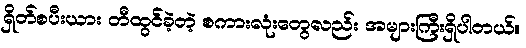
ရှိတ်စပီးယား တီထွင်ခဲ့တဲ့ စကားလုံးတွေလည်း အများကြီးရှိပါတယ်။